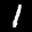
Label: 1